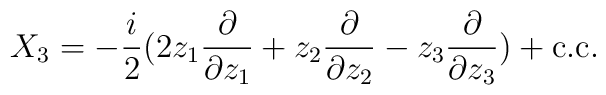
X_3=-\frac{i}{2}(2z_1\frac{\partial}{\partial z_1}+z_2\frac{\partial}{\partial z_2}-z_3\frac{\partial}{\partial z_3})+\mbox{c.c}.